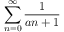
\sum _ { n = 0 } ^ { \infty } { \frac { 1 } { a n + 1 } }